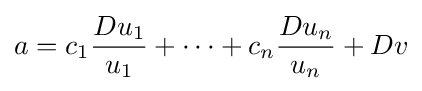
a=c_{1}{\frac {Du_{1}}{u_{1}}}+\dotsb +c_{n}{\frac {Du_{n}}{u_{n}}}+Dv